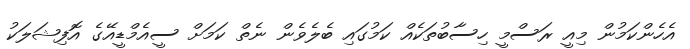
އެހެންކަމުން މިއީ ރަސްމީ ހިސާބުތަކެއް ކަމުގައި ބެލެވެން ނެތް ކަަމަށް ސީއެމްޑީއޭގެ އޮފިޝަލަކު